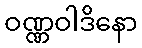
ဝဏ္ဏဝါဒိနော